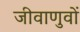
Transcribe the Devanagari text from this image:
जीवाणुवों